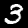
Digit: 3